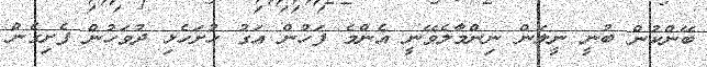
ބޭންކުން ބުނީ ނީލަން ނިންމާލެވޭނީ އެންމެ ފަހުން އަގު ހުށަހެޅި ދުވަހުން ފެށިގެން